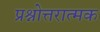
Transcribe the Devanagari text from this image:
प्रश्नोत्तरात्मक